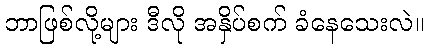
ဘာဖြစ်လို့များ ဒီလို အနှိပ်စက် ခံနေသေးလဲ။